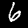
Digit: 6